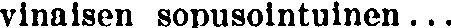
vinaisen sopusointuinen...